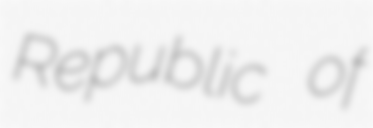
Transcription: Republic of